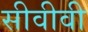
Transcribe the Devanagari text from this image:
सीवीवी